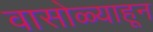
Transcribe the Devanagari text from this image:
वासोळ्याहून